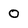
Character: O